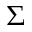
\upSigma